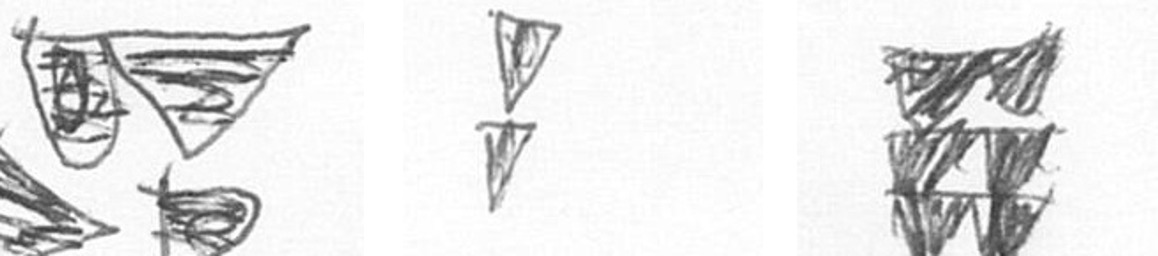
B Z Y